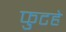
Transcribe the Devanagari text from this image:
फुटहे